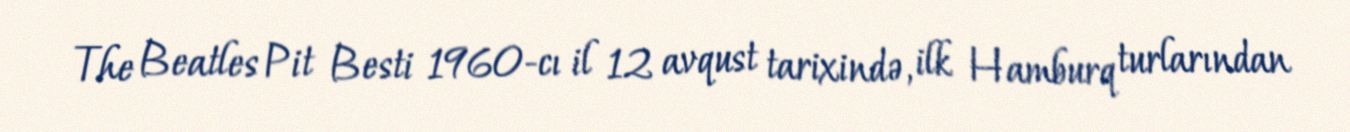
The Beatles Pit Besti 1960-cı il 12 avqust tarixində, ilk Hamburq turlarından